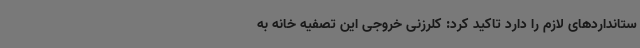
ستانداردهای لازم را دارد تاکید کرد: کلرزنی خروجی این تصفیه خانه به